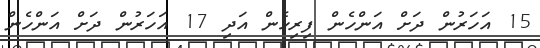
15 އަހަރުން ދަށް އަންހެން ފިރިހެން އަދި 17 އަހަރުން ދަށް އަންހެން